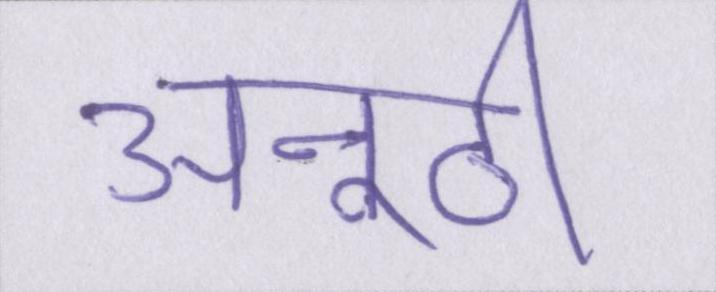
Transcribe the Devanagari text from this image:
अनूठी